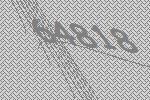
64818